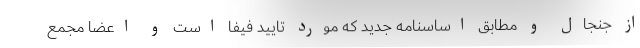
از جنجال و مطابق اساسنامه جدید که مورد تایید فیفا است و اعضا مجمع